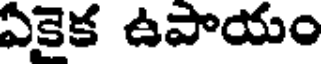
ఏకైక ఉపాయం